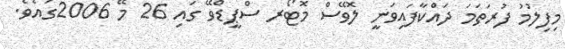
މިފިލުމު ފުރަތަމަ ދައްކާފައިވަނީ ލޮވޭސް މޮޓޯރ ސްޕީޑްވޭ ގައި 26 މޭ 2006ގައެވެ.